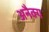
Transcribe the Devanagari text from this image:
अनैक्य